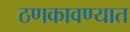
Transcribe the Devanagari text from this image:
ठणकावण्यात